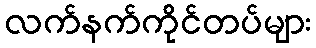
လက်နက်ကိုင်တပ်များ